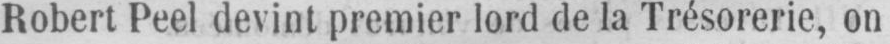
Robert Peel devint premier lord de la Trésorerie, on